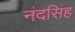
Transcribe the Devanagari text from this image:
नंदसिंह